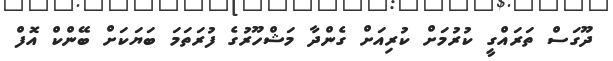
ދޫގަސް ތަރައްގީ ކުރުމަށް ކުރިއަށް ގެންދާ މަޝްހޫރުގެ ފުރަތަމަ ބަޔަކަށް ބޭންކް އޮފް